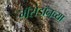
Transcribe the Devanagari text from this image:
मॅसेडॉनच्या